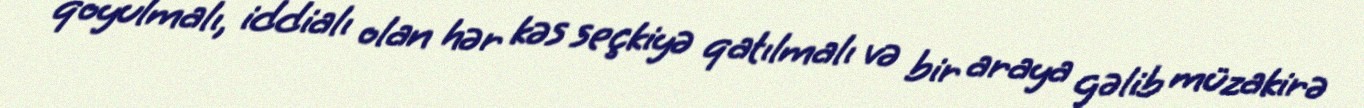
qoyulmalı, iddialı olan hər kəs seçkiyə qatılmalı və bir araya gəlib müzakirə